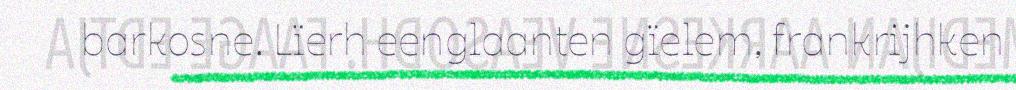
barkosne. Lïerh eenglaanten gïelem, frankrijhken